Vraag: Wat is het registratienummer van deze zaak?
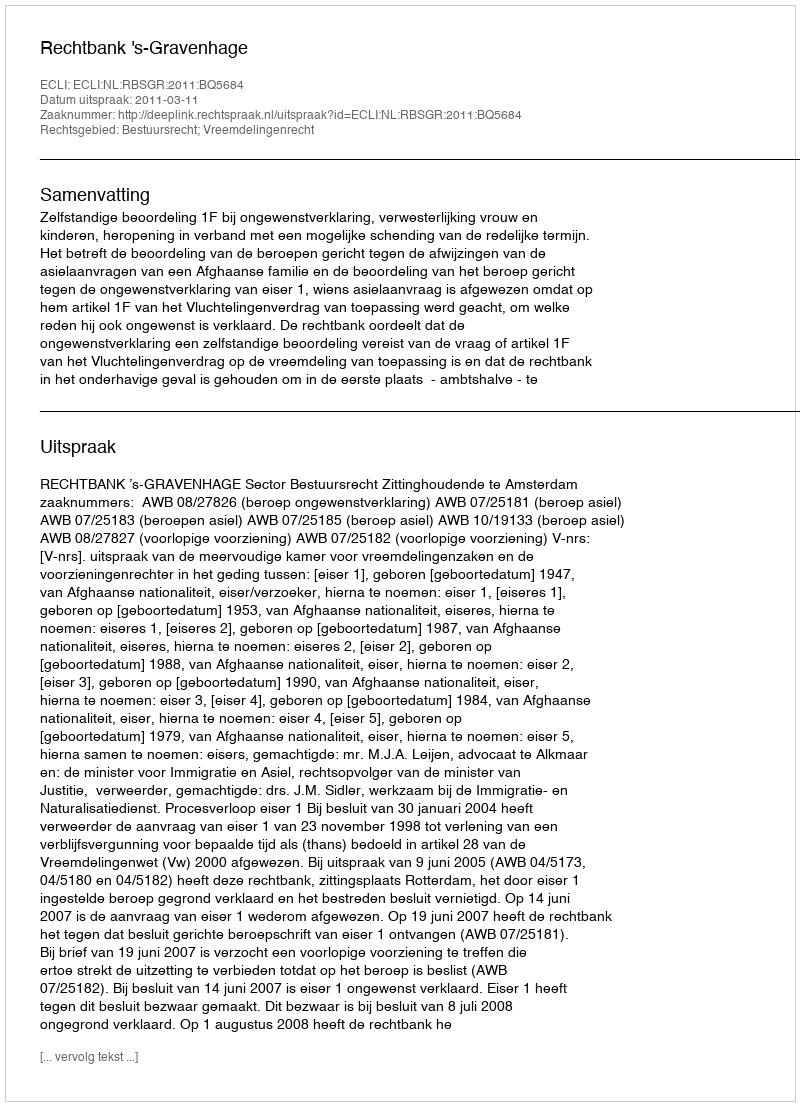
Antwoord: http://deeplink.rechtspraak.nl/uitspraak?id=ECLI:NL:RBSGR:2011:BQ5684